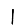
Digit: 1